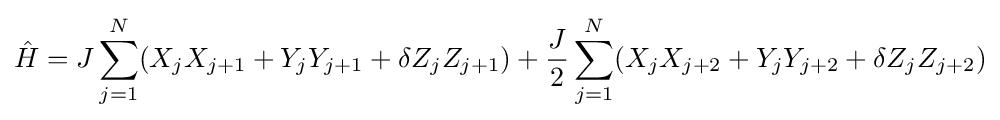
{\hat {H}}=J\sum _{j=1}^{N}({X}_{j}{X}_{j+1}+{Y}_{j}{Y}_{j+1}+\delta {Z}_{j}{Z}_{j+1})+{\frac {J}{2}}\sum _{j=1}^{N}({X}_{j}{X}_{j+2}+{Y}_{j}{Y}_{j+2}+\delta {Z}_{j}{Z}_{j+2})